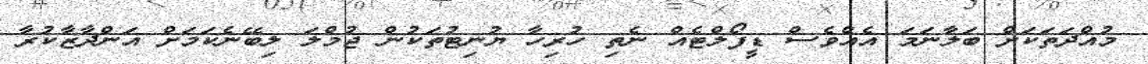
މުއްދަތަކަށް ބަލާނަމަ އެއްވެސް ޑީފޯލްޓެއް ނެތި ހުރިހާ ޔުނިޓުތަކުން ޖުމްލަ ލިބޭނެކަމަށް އަންދާޒާކުރާ